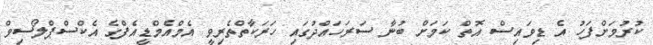
ކުރުމަށްފަހު އެ ޑިވައިސް އޮތް ކަމަށް ބުނާ ސަރަހައްދުގައި ހަރަކާތްތެރިވީ އެމްއެމްޑީއެފްގެ އެކްސްޕްލޯސިވް